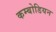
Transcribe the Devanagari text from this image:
कम्बोडियन